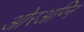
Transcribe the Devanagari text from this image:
ओरअग्नि